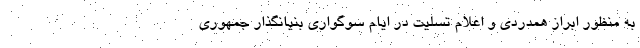
به منظور ابراز همدردی و اعلام تسلیت در ایام سوگواری بنیانگذار جمهوری